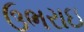
ઉભરાઇ